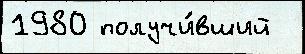
1980 получи́вший